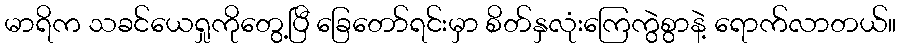
မာရိက သခင်ယေရှုကိုတွေ့ပြီ ခြေတော်ရင်းမှာ စိတ်နှလုံးကြေကွဲစွာနဲ့ ရောက်လာတယ်။